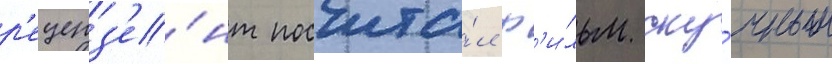
р'еценз'е́нт посчита́л ф'и́льм ску́чным